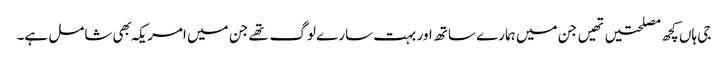
جی ہاں کچھ مصلحتیں تهیں جن میں ہمارے ساتھ اور بہت سارے لوگ تهے جن میں امریکہ بهی شامل ہے۔